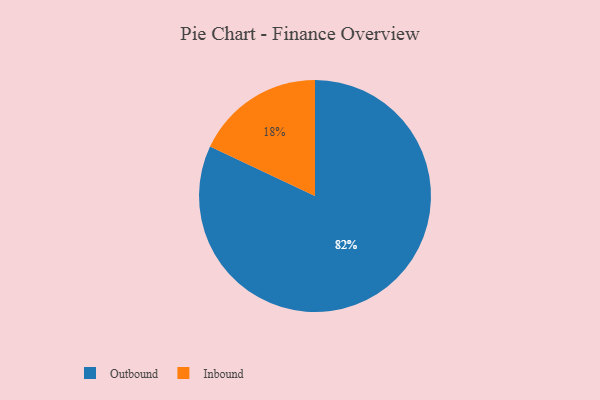
{"axis": {"x": "Category", "y": "Percentage"}, "legend": ["Inbound", "Outbound"], "data": [{"x": "Inbound", "y": 18, "type": "Inbound"}, {"x": "Outbound", "y": 82, "type": "Outbound"}]}